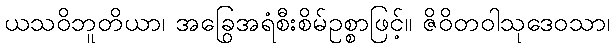
ယသဝိဘူတိယာ၊ အခြွေအရံစီးစိမ်ဥစ္စာဖြင့်။ ဇိဝိတဝါသုဒေဝသာ၊